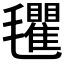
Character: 𣰽